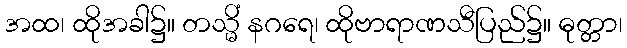
အထ၊ ထိုအခါ၌။ တသ္မိံ နဂရေ၊ ထိုဗာရာဏသီပြည်၌။ ဓုတ္တာ၊